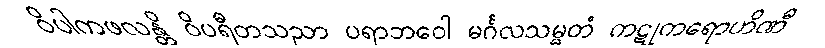
ဝိပါကဖလန္တိ ဝိပရီတသညာ ပရာဘဝေါ မင်္ဂလသမ္မတံ ကဋုကရောဟိဏီ